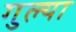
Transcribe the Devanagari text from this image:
गुल्या